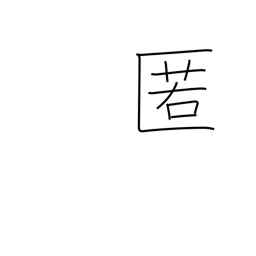
Meaning: shelter